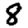
Digit: 8